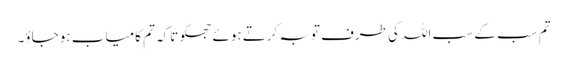
تم سب کے سب اللہ کی طرف توبہ کرتے ہوئے جھکو تاکہ تم کامیاب ہو جاؤ۔